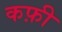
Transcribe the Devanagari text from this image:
कफ़ी